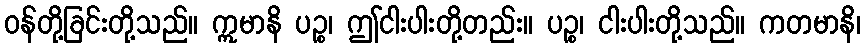
ဝန်တို့ခြင်းတို့သည်။ ဣမာနိ ပဉ္စ၊ ဤငါးပါးတို့တည်း။ ပဉ္စ၊ ငါးပါးတို့သည်။ ကတမာနိ၊